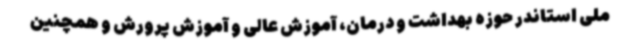
ملی استاندر حوزه بهداشت و درمان، آموزش عالی و آموزش پرورش و همچنین